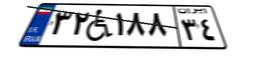
۸۴W۰۵۲۶۴